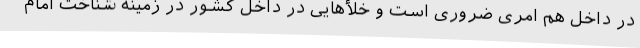
در داخل هم امری ضروری است و خلأهایی در داخل کشور در زمینه شناخت امام